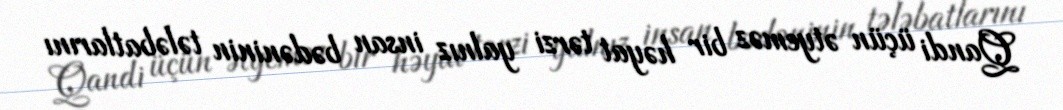
Qandi üçün ətyeməz bir həyat tərzi yalnız insan bədəninin tələbatlarını